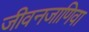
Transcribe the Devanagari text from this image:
जीवनजाणिवा